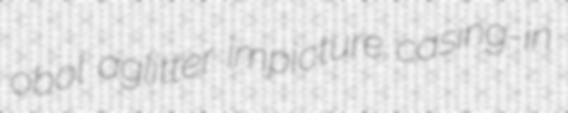
obol aglitter impicture casing-in